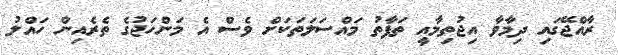
ރާއްޖޭގައި ދިމާވާ އިޖުތިމާއީ ތަފާތު މައްސަލަތަކަށް ވެސް އެ މަންހަޖުގެ ތެރެއިން ހައްލު